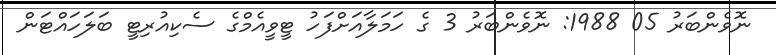
ނޮވެންބަރު 05 1988: ނޮވެންބަރު 3 ގެ ހަމަލާއަށްފަހު ޓީވީއެމްގެ ސެކިއުރިޓީ ބަލަހައްޓަން